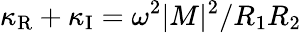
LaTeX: \kappa_{\mathrm{R}}+\kappa_{\mathrm{I}}=\omega^{2}|M|^{2}/R_{1}R_{2}